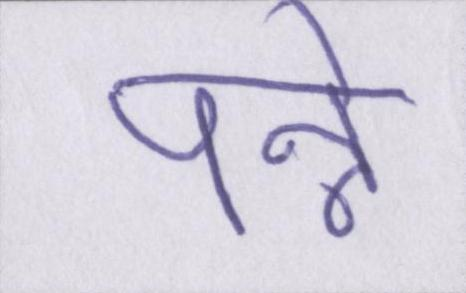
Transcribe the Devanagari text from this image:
पन्ने